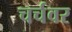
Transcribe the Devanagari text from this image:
चर्चवर